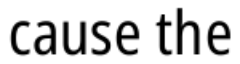
cause the